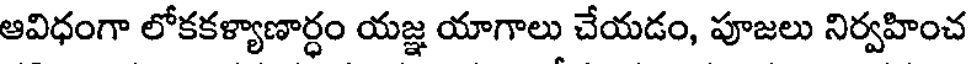
ఆవిధంగా లోకకళ్యాణార్ధం యజ్ఞ యాగాలు చేయడం, పూజలు నిర్వహించ